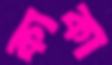
কাকা